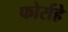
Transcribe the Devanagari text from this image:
फोर्सहे